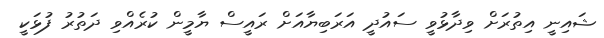
ޝައިނީ އިތުރަށް ވިދާޅުވީ ސައުދީ އަރަބިޔާއަށް ރައީސް ޔާމީން ކުރެއްވި ދަތުރު ފުޅަކީ